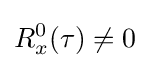
R_{x}^{0}(\tau )\neq 0